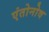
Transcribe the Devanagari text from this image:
एंतोनोव